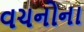
વચનોના